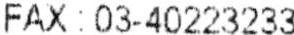
FAX: 03-40223233